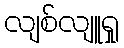
လျစ်လျူရှု